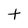
Character: t